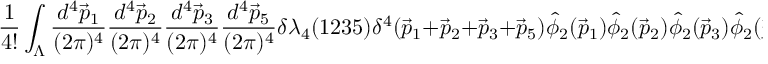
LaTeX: \frac { 1 } { 4 ! } \int _ { { \Lambda } } \frac { d ^ { 4 } \vec { p } _ { 1 } } { ( 2 { \pi } ) ^ { 4 } } \frac { d ^ { 4 } \vec { p } _ { 2 } } { ( 2 { \pi } ) ^ { 4 } } \frac { d ^ { 4 } \vec { p } _ { 3 } } { ( 2 { \pi } ) ^ { 4 } } \frac { d ^ { 4 } \vec { p } _ { 5 } } { ( 2 { \pi } ) ^ { 4 } } { \delta } { \lambda } _ { 4 } ( 1 2 3 5 ) { \delta } ^ { 4 } ( \vec { p } _ { 1 } + \vec { p } _ { 2 } + \vec { p } _ { 3 } + \vec { p } _ { 5 } ) \hat { \phi } _ { 2 } ( \vec { p } _ { 1 } ) \hat { \phi } _ { 2 } ( \vec { p } _ { 2 } ) \hat { \phi } _ { 2 } ( \vec { p } _ { 3 } ) \hat { \phi } _ { 2 } ( \vec { p } _ { 5 } ) .